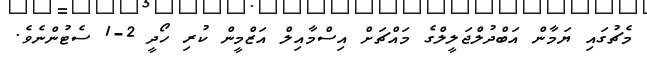
މެޗުގައި ޔަމާން އަބްދުލްޖަލީލްގެ މައްޗަށް އިސްމާއިލް އަޒްމީން ކުރި ހޯދީ 2-1 ސެޓުންނެވެ.